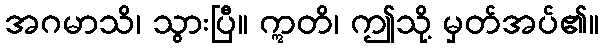
အဂမာသိ၊ သွားပြီ။ ဣတိ၊ ဤသို့ မှတ်အပ်၏။